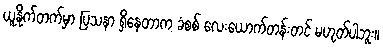
ယူနိုက်တက်မှာ ပြသနာ ရှိနေတာက ခံစစ် လေးယောက်တန်းတင် မဟုတ်ပါဘူး။